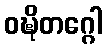
ဝဍ္ဎိတဂ္ဂေါ